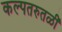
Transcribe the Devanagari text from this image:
कल्पतरुतळीं